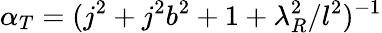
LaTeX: \alpha_{T}=(j^{2}+j^{2}b^{2}+1+\lambda_{R}^{2}/l^{2})^{-1}